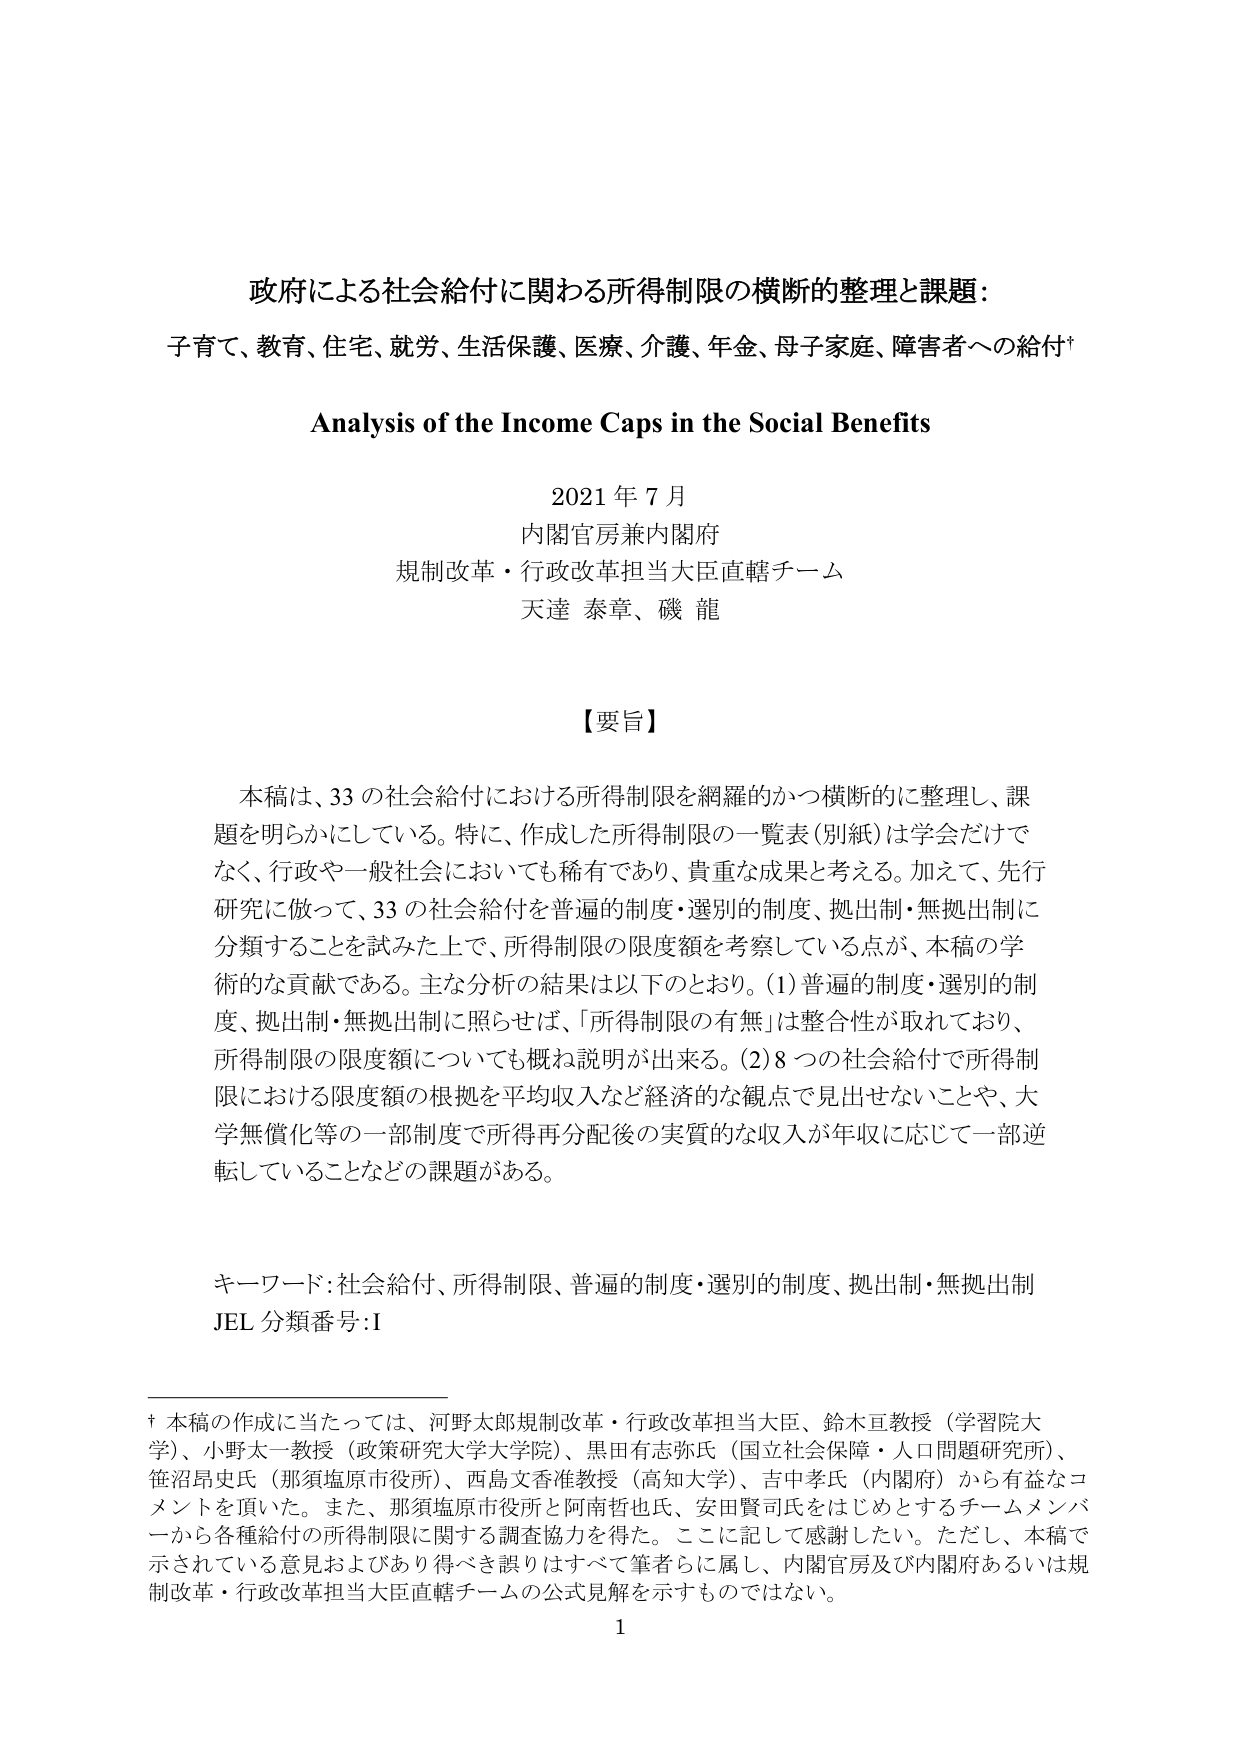
政府による社会給付に関わる所得制限の横断的整理と課題：
子育て、教育、住宅、就労、生活保護、医療、介護、年金、母子家庭、障害者への給付†

Analysis of the Income Caps in the Social Benefits

2021年7月
内閣官房兼内閣府
規制改革・行政改革担当大臣直轄チーム
天達 泰章、磯 龍

【要旨】
本稿は、33の社会給付における所得制限を網羅的かつ横断的に整理し、課題を明らかにしている。特に、作成した所得制限の一覧表（別紙）は学会だけでなく、行政や一般社会においても稀有であり、貴重な成果と考える。加えて、先行研究に倣って、33の社会給付を普遍的制度・選別的制度、拠出制・無拠出制に分類することを試みた上で、所得制限の限度額を考察している点が、本稿の学術的な貢献である。主な分析の結果は以下のとおり。(1) 普遍的制度・選別的制度、拠出制・無拠出制に照らせば、「所得制限の有無」は整合性が取れており、所得制限の限度額についても概ね説明が出来る。(2) 8つの社会給付で所得制限における限度額の根拠を平均収入など経済的な観点で見出せないことや、大学無償化等の一部制度で所得再分配後の実質的な収入が年収に応じて一部逆転していることなどの課題がある。

キーワード：社会給付、所得制限、普遍的制度・選別的制度、拠出制・無拠出制
JEL 分類番号：I

† 本稿の作成に当たっては、河野太郎規制改革・行政改革担当大臣、鈴木亘教授（学習院大学）、小野太一教授（政策研究大学院大学）、黒田有志弥氏（国立社会保障・人口問題研究所）、笹沼昂史氏（那須塩原市役所）、西島文香准教授（高知大学）、吉中孝氏（内閣府）から有益なコメントを頂いた。また、那須塩原市役所と阿南哲也氏、安田賢司氏をはじめとするチームメンバーから各種給付の所得制限に関する調査協力を得た。ここに記して感謝したい。ただし、本稿で示されている意見およびあり得べき誤りはすべて筆者らに属し、内閣官房及び内閣府あるいは規制改革・行政改革担当大臣直轄チームの公式見解を示すものではない。

1